Papers set at the Examination for Leaving Certificates, 1895
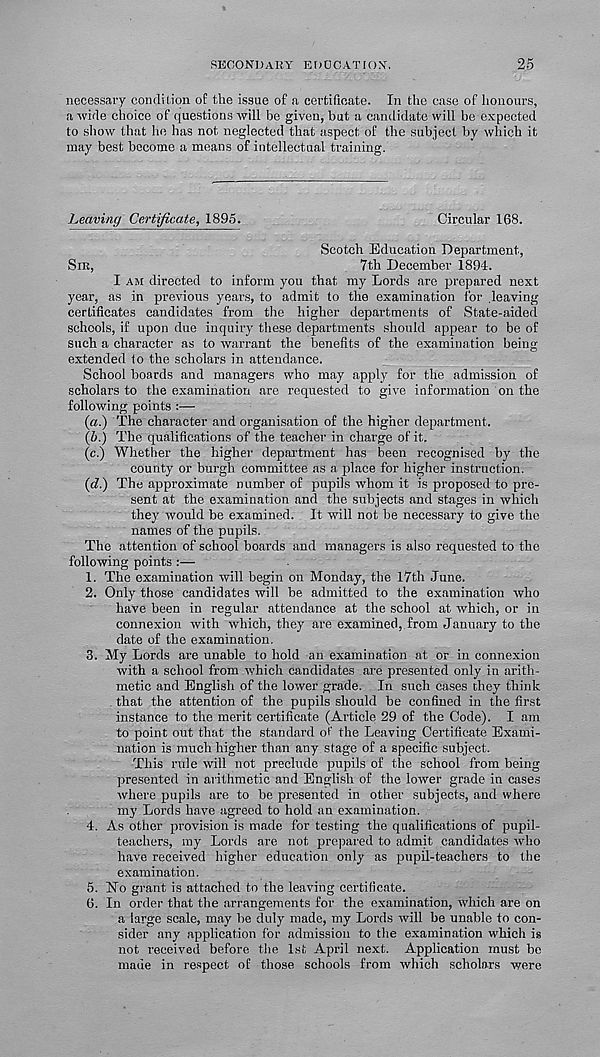
SECONDARY EDUCATION.
25
necessary condition of the issue of a certificate. In the case of honours,
a wide choice of questions will be given, but a candidate will be expected
to show that he has not neglected that aspect of the subject by which it
may best become a means of intellectual training.
Leaving Certificate, 1895.
Circular 168.
Scotch Education Department,
SIR,
7th December 1894.
I AM directed to inform you that my Lords are prepared next
year, as in previous years, to admit to the examination for leaving
certificates candidates from the higher departments of State-aided
schools, if upon due inquiry these departments should appear to be of
such a character as to warrant the benefits of the examination being
extended to the scholars in attendance.
School boards and managers who may apply for the admission of
scholars to the examination are requested to give information on the
following points :—
(a.) The character and organisation of the higher department.
(5.) The qualifications of the teacher in charge of it.
(c.) Whether the higher department has been recognised by the
county or burgh committee as a place for higher instruction.
(<7.) The approximate number of pupils whom it is proposed to pre-
sent at the examination and the subjects and stages in which
they would be examined. It will not be necessary to give the
names of the pupils.
The attention of school boards and managers is also requested to the
following points :—
1. The examination will begin on Monday, the 17th June.
2. Only those candidates will be admitted to the examination who
have been in regular attendance at the school at which, or in
connexion with which, they are examined, from January to the
date of the examination.
3. My Lords are unable to hold an examination at or in connexion
with a school from which candidates are presented only in arith-
metic and English of the lower grade. In such cases they think
that the attention of the pupils should be confined in the first
instance to the merit certificate (Article 29 of the Code). I am
to point out that the standard of the Leaving Certificate Exami-
nation is much higher than any stage of a specific subject.
This rule will not preclude pupils of the school from being
presented in arithmetic and English of the lower grade in cases
where pupils are to be presented in other subjects, and where
my Lords have agreed to hold an examination.
4. As other provision is made for testing the qualifications of pupil-
teachers, my Lords are not prepared to admit candidates who
have received higher education only as pupil-teachers to the
examination.
5. Ho grant is attached to the leaving certificate.
6. In order that the arrangements for the examination, which are on
a large scale, may be duly made, my Lords will be unable to con-
sider any application for admission to the examination which is
not received before the 1st April next. Application must bo
made in respect of those schools from which scholars were